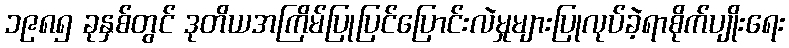
၁၉၈၅ ခုနှစ်တွင် ဒုတိယအကြိမ်ပြုပြင်ပြောင်းလဲမှုများပြုလုပ်ခဲ့ရာစိုက်ပျိုးရေး